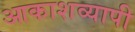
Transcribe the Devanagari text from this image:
आकाशव्यापी